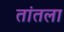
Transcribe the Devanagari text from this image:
तांतला